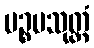
ပဉ္စမသုတ္တံ